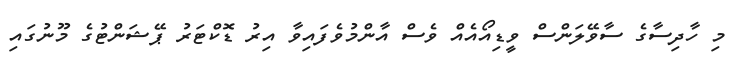
މި ހާދިސާގެ ސާވޭލަންސް ވީޑިއޯއެއް ވެސް އާންމުވެފައިވާ އިރު ޑޮކްޓަރު ޕޭޝަންޓުގެ މޫނުގައި